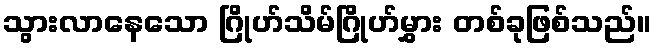
သွားလာနေသော ဂြိုဟ်သိမ်ဂြိုဟ်မွှား တစ်ခုဖြစ်သည်။